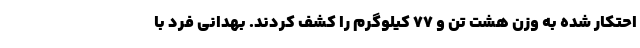
احتکار شده به وزن هشت تن و ۷۷ کیلوگرم را کشف کردند. بهدانی فرد با